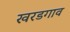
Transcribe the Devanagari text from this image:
खरडगाव